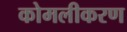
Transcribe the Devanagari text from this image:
कोमलीकरण